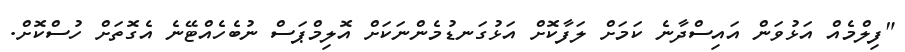
"ފިލްމެއް އަޅުވަން އައިސްދާނެ ކަމަށް ލަފާކޮށް އަޅުގަނޑުމެންނަކަށް އޮލިމްޕަސް ނުބެހެއްޓޭނެ އެގޮތަށް ހުސްކޮށް.